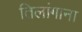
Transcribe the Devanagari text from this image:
तिलांगाना